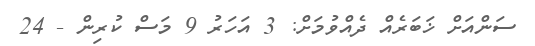
ސަންއަށް ޚަބަރެއް ދެއްވުމަށް: 3 އަހަރު 9 މަސް ކުރިން - 24